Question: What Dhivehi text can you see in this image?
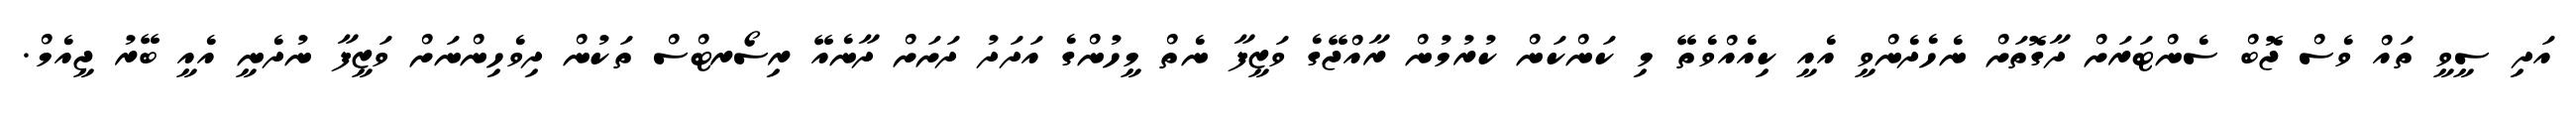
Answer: އަދި ސީވީ ތައް ވެސް ޖޮބް ސެންޓަރަށް ދާގޮތަށް ނެހެދެންވީ އެއީ ކިއެއްވެތޭ މި ކަންކަން ކުރުމުން ރާއްޖޭގެ ވަޒީފާ ނެތް މީހުންގެ އަދަދު ދަށަށް ދާނެއޭ ރިސޯރޓްސް ތަކުން ދިވެހިންނަށް ވަޒީފާ ނުދެނީ އެއީ ބޭރު ޖީއެމް.